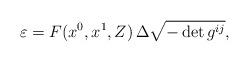
LaTeX: \begin{align*} {\varepsilon}=F(x^0,x^1,Z)\,\Delta\sqrt{-\det g^{ij}},\end{align*}